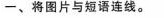
-、将图片与短语连线.